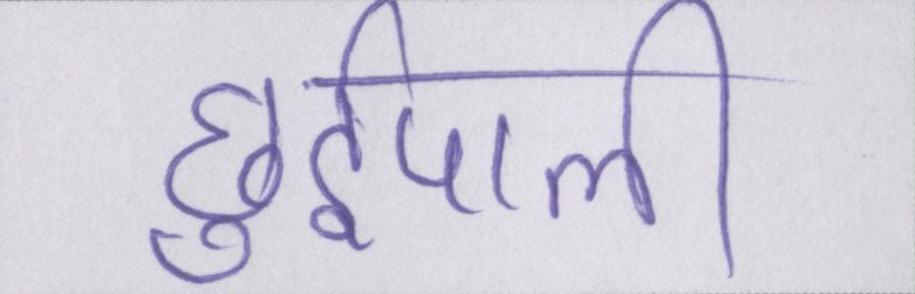
छुईपाली